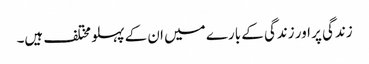
زندگی پر اور زندگی کے بارے میں ان کے پہلو مختلف ہیں۔